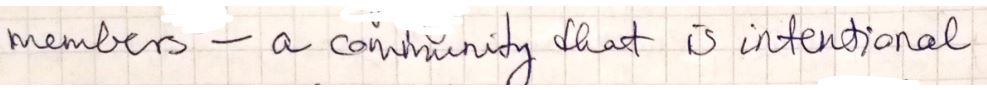
members - a community that is international